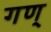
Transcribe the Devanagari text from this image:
गण्